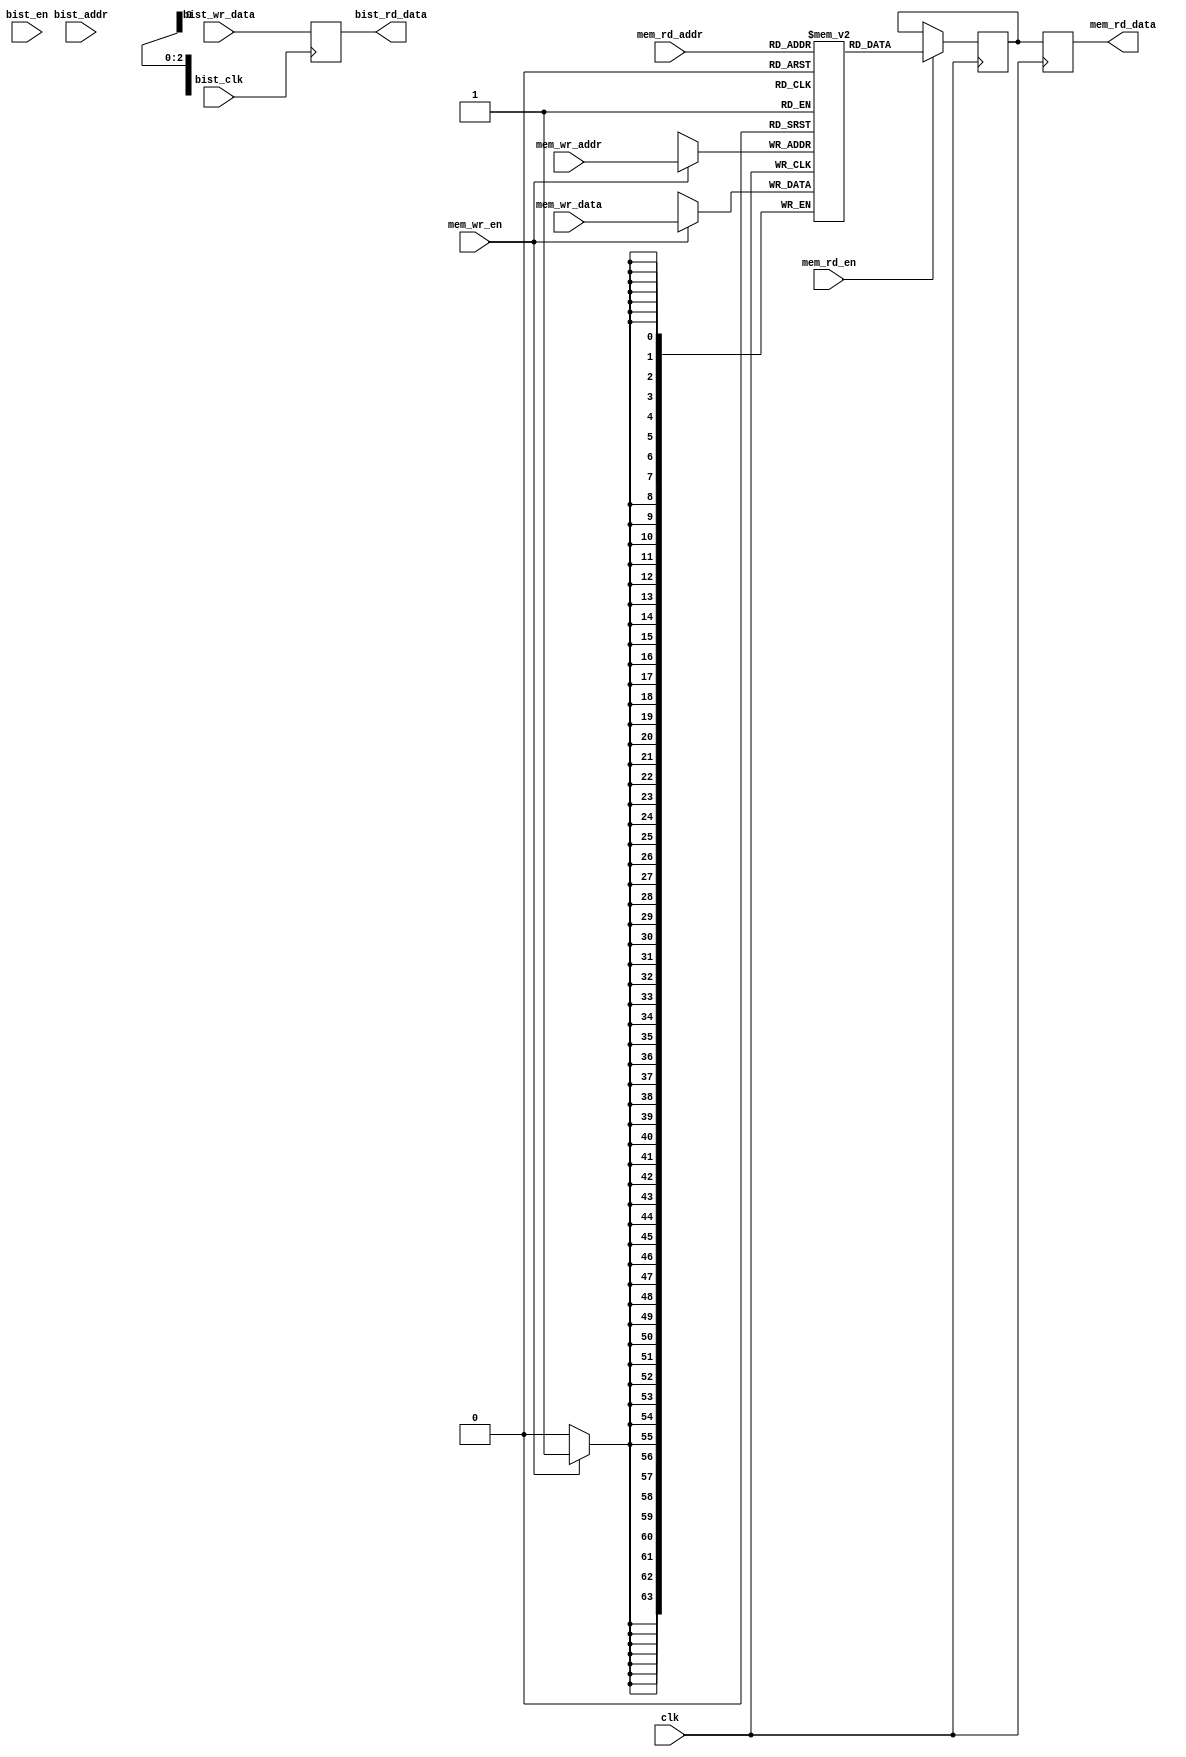
module mem_16nm_ram8x64
(
  input  wire        clk,
  input  wire        mem_wr_en,
  input  wire [2:0]  mem_wr_addr,
  input  wire [63:0] mem_wr_data,
  input  wire        mem_rd_en,
  input  wire [2:0]  mem_rd_addr,
  output wire [63:0] mem_rd_data,

  input  wire        bist_clk,
  input  wire        bist_en,
  input  wire [2:0]  bist_addr,
  input  wire [63:0] bist_wr_data,
  output wire [63:0] bist_rd_data
);

// The memory declaration
reg [63:0] memory [7:0];
reg [63:0] mem_rd_data_i;

always @ (posedge clk) begin
  if( mem_wr_en ) begin
    memory[mem_wr_addr] <= #0 mem_wr_data;
  end

  if( mem_rd_en ) begin
    mem_rd_data_i <= #0 memory[mem_rd_addr];
  end
end

always @ (posedge clk) begin
  mem_rd_data <= #0 mem_rd_data_i;
end

// Bist fake logic
always @ (posedge bist_clk ) begin
  bist_rd_data <= #0 bist_wr_data;
end

endmodule